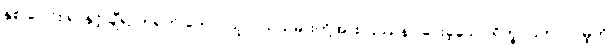
နှစ် ပေါင်း ရာနှင့် ချီ၍ တရုတ် တောင်သူလယ်သမားတို့အား ပြဿနာ ပေးခဲ့သော ရိက္ခာပြတ်လပ်မှုကို